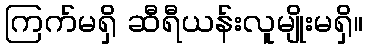
ကြက်မရှိ ဆီရီယန်းလူမျိုးမရှိ။